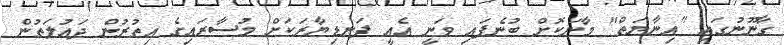
ގާނޫނުގައި "އިނާޔަތް" މާނަކޮށް ބުނެފައި ވަނީ އެއީ ފަނޑިޔާރަކަށް މުސާރައިގެ އިތުރުން ދައުލަތުން